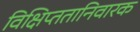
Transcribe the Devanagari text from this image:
विक्षिप्ततानिवारक